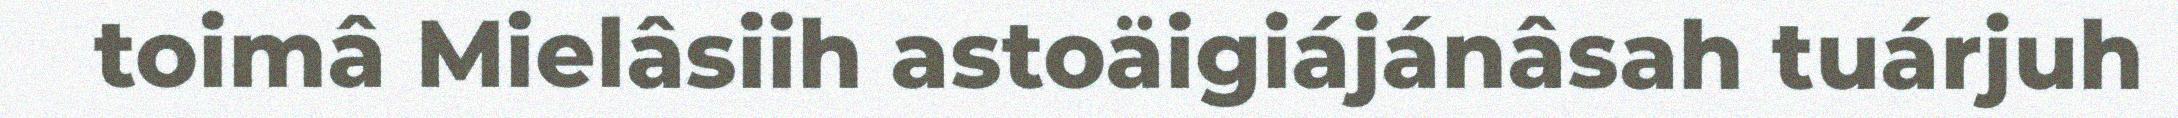
toimâ Mielâsiih astoäigiájánâsah tuárjuh